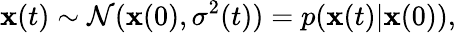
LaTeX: \mathbf{\boldsymbol{x}}(t)\sim\mathcal{N}(\mathbf{\boldsymbol{x}}(0),\sigma^{2}(t))=p(\mathbf{\boldsymbol{x}}(t)|\mathbf{\boldsymbol{x}}(0)),